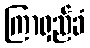
ကြာရှည်ခံ